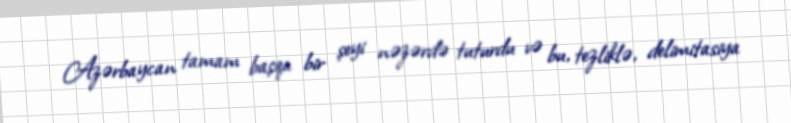
Azərbaycan tamam başqa bir şeyi nəzərdə tuturdu və bu, tezliklə, delimitasiya